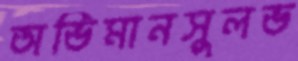
অভিমানসুলভ